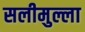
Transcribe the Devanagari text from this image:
सलीमुल्ला